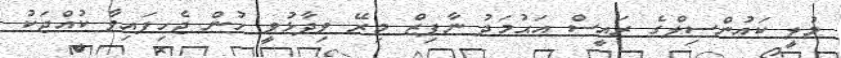
މުލީ ކައުންސިލްގެ ރައީސް އަޙުމަދު ނާފިޒް މިރޭ ވިދާޅުވީ ހުން ޖެހިފައިވާ ކުއްޖަކު